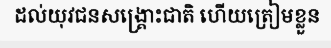
ដល់យុវជនសង្គ្រោះជាតិ ហើយត្រៀមខ្លួន